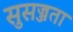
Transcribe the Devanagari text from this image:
सुसज्जता